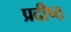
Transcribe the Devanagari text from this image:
प्रदीष्ठ